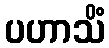
ပဟာသိံ